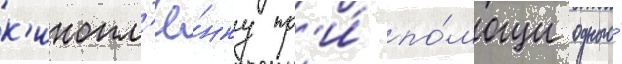
к'инопл'ё́нку пр'и́ по́мощи одного́